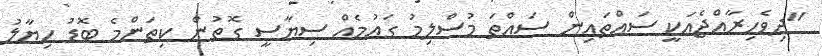
"ދިވެހިރާއްޖެއަކީ ސައްތައިން ސައްތަ މުސްލިމު ގައުމެއް ސިޔާސީ ގޮތުން ކިތަންމެ ބޮޑު ހިޔާލު